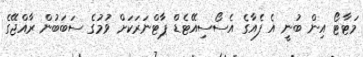
މަޓާޓޯ އިން ބުނީ އެ ފެއާގެ އެސޯސިއޭޓެޑް ޕާޓްނަރަކަށް ވުމުގެ ސަބަބުން ރާއްޖޭގެ